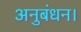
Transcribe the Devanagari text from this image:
अनुबंधन।